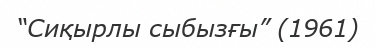
“Сиқырлы сыбызғы” (1961)